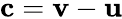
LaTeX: \mathbf c=\mathbf v-\mathbf u